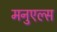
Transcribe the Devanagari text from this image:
मनुएल्स